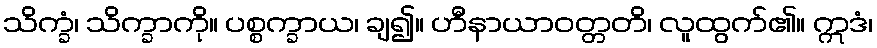
သိက္ခံ၊ သိက္ခာကို။ ပစ္စက္ခာယ၊ ချ၍။ ဟီနာယာဝတ္တတိ၊ လူထွက်၏။ ဣဒံ၊